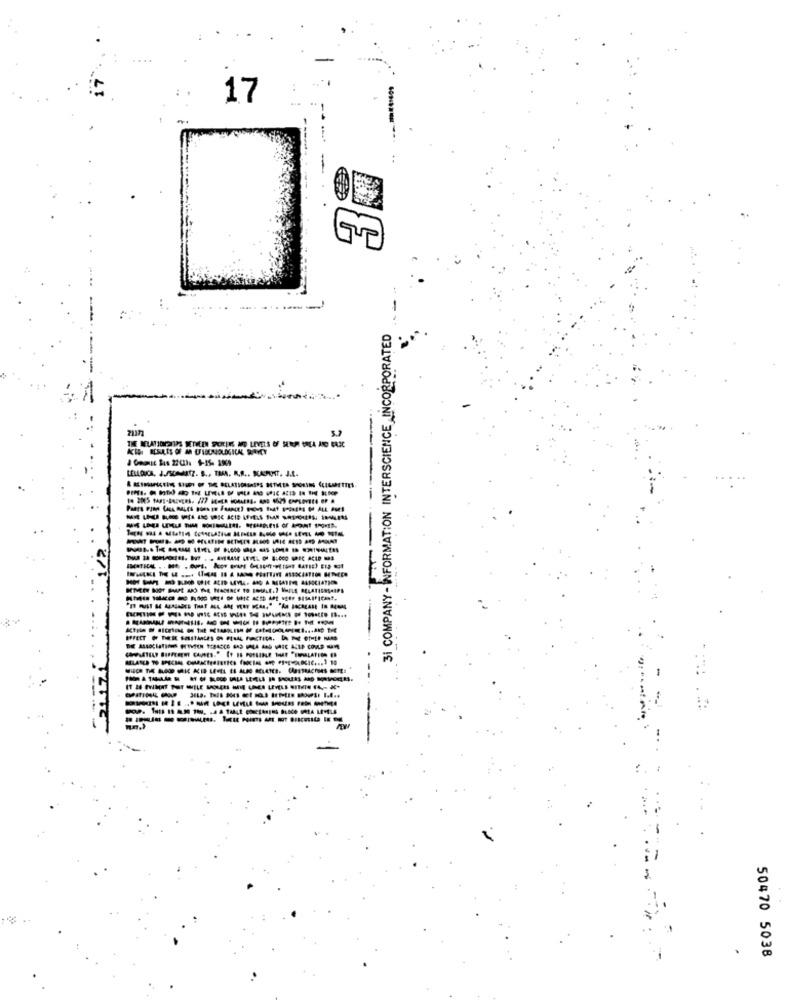
17
3i COMPANY- INFORMATION INTERSCIENCE, INCORPORATED
21171
--
LELLOICA, J.JSCHATZ. S ., TRA. A.R .. KAPANT. J.A.
--------------
50470 5038